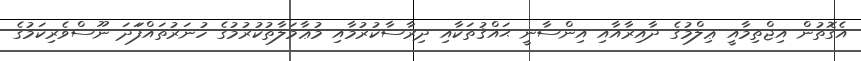
އެގޮތުން އިޖްތިމާއީ ޢިލްމުގެ ދާއިރާއާއި އިންސާނީ ޙައްޤުތަކާއި ދިރާސާކުުރުމާއި މުޢާމަލާތުކުރުމުގެ ހުނަރުތައްފަަދަ ނޫސްވެރިކަމުގެ